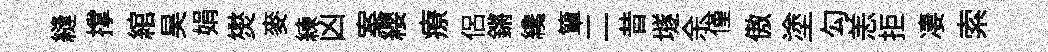
縫撑綰昊娟爕麥練凶案纓療侣鏘纔簞二昔𡑞余僅傲塗勾恙拒凄索